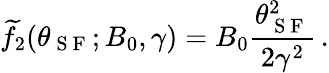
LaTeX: \widetilde{f}_{2}(\theta_{\mathrm{~S~F~}};B_{0},\gamma)=B_{0}\frac{\theta_{\mathrm{~S~F~}}^{2}}{2{\gamma}^{2}}\, .